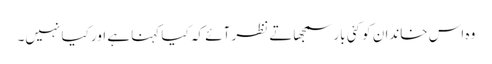
وہ اس خاندان کو کئی بار سمجھاتے نظر آئے کہ کیا کہنا ہے اور کیا نہیں۔